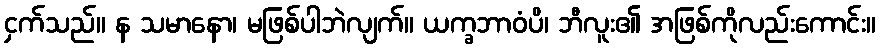
ငှက်သည်။ န သမာနော၊ မဖြစ်ပါဘဲလျက်။ ယက္ခဘာဝံပိ၊ ဘီလူး၏ အဖြစ်ကိုလည်းကောင်း။